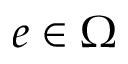
e \in \upOmega